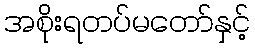
အစိုးရတပ်မတော်နှင့်